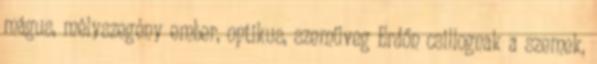
mágus, mélyszegény ember, optikus, szemüveg Erdőn csillognak a szemek,